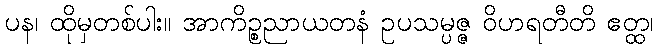
ပန၊ ထိုမှတစ်ပါး။ အာကိဉ္စညာယတနံ ဥပသမ္ပဇ္ဇ ဝိဟရတီတိ ဧတ္ထ၊